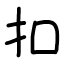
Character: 扣